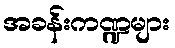
အခန်းကဏ္ဍများ